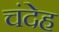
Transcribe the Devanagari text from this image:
चंदेह